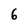
Character: 6